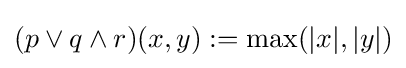
(p\vee q\wedge r)(x,y):=\max(|x|,|y|)